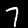
Digit: 7